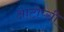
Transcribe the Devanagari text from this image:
आटोप्सी